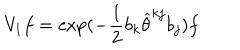
V _ { 1 } f = \exp ( - \frac { 1 } { 2 } b _ { k } \widehat { \theta } ^ { k j } b _ { j } ) f